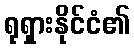
ရုရှားနိုင်ငံ၏